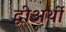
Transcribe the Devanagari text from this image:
द्वीअर्थी